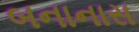
બનાનાસ